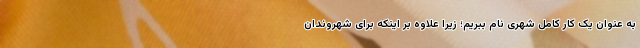
به عنوان یک کار کامل شهری نام ببریم؛ زیرا علاوه بر اینکه برای شهروندان